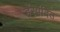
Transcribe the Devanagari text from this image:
हैंस्पंदित